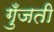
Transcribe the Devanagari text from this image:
गुँजती